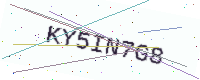
Text: KY5IN7G8